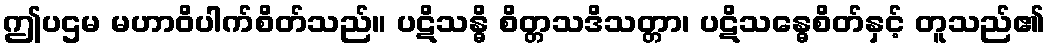
ဤပဌမ မဟာဝိပါက်စိတ်သည်။ ပဋိသန္ဓိ စိတ္တသဒိသတ္တာ၊ ပဋိသန္ဓေစိတ်နှင့် တူသည်၏